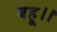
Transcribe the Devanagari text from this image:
बहू।।